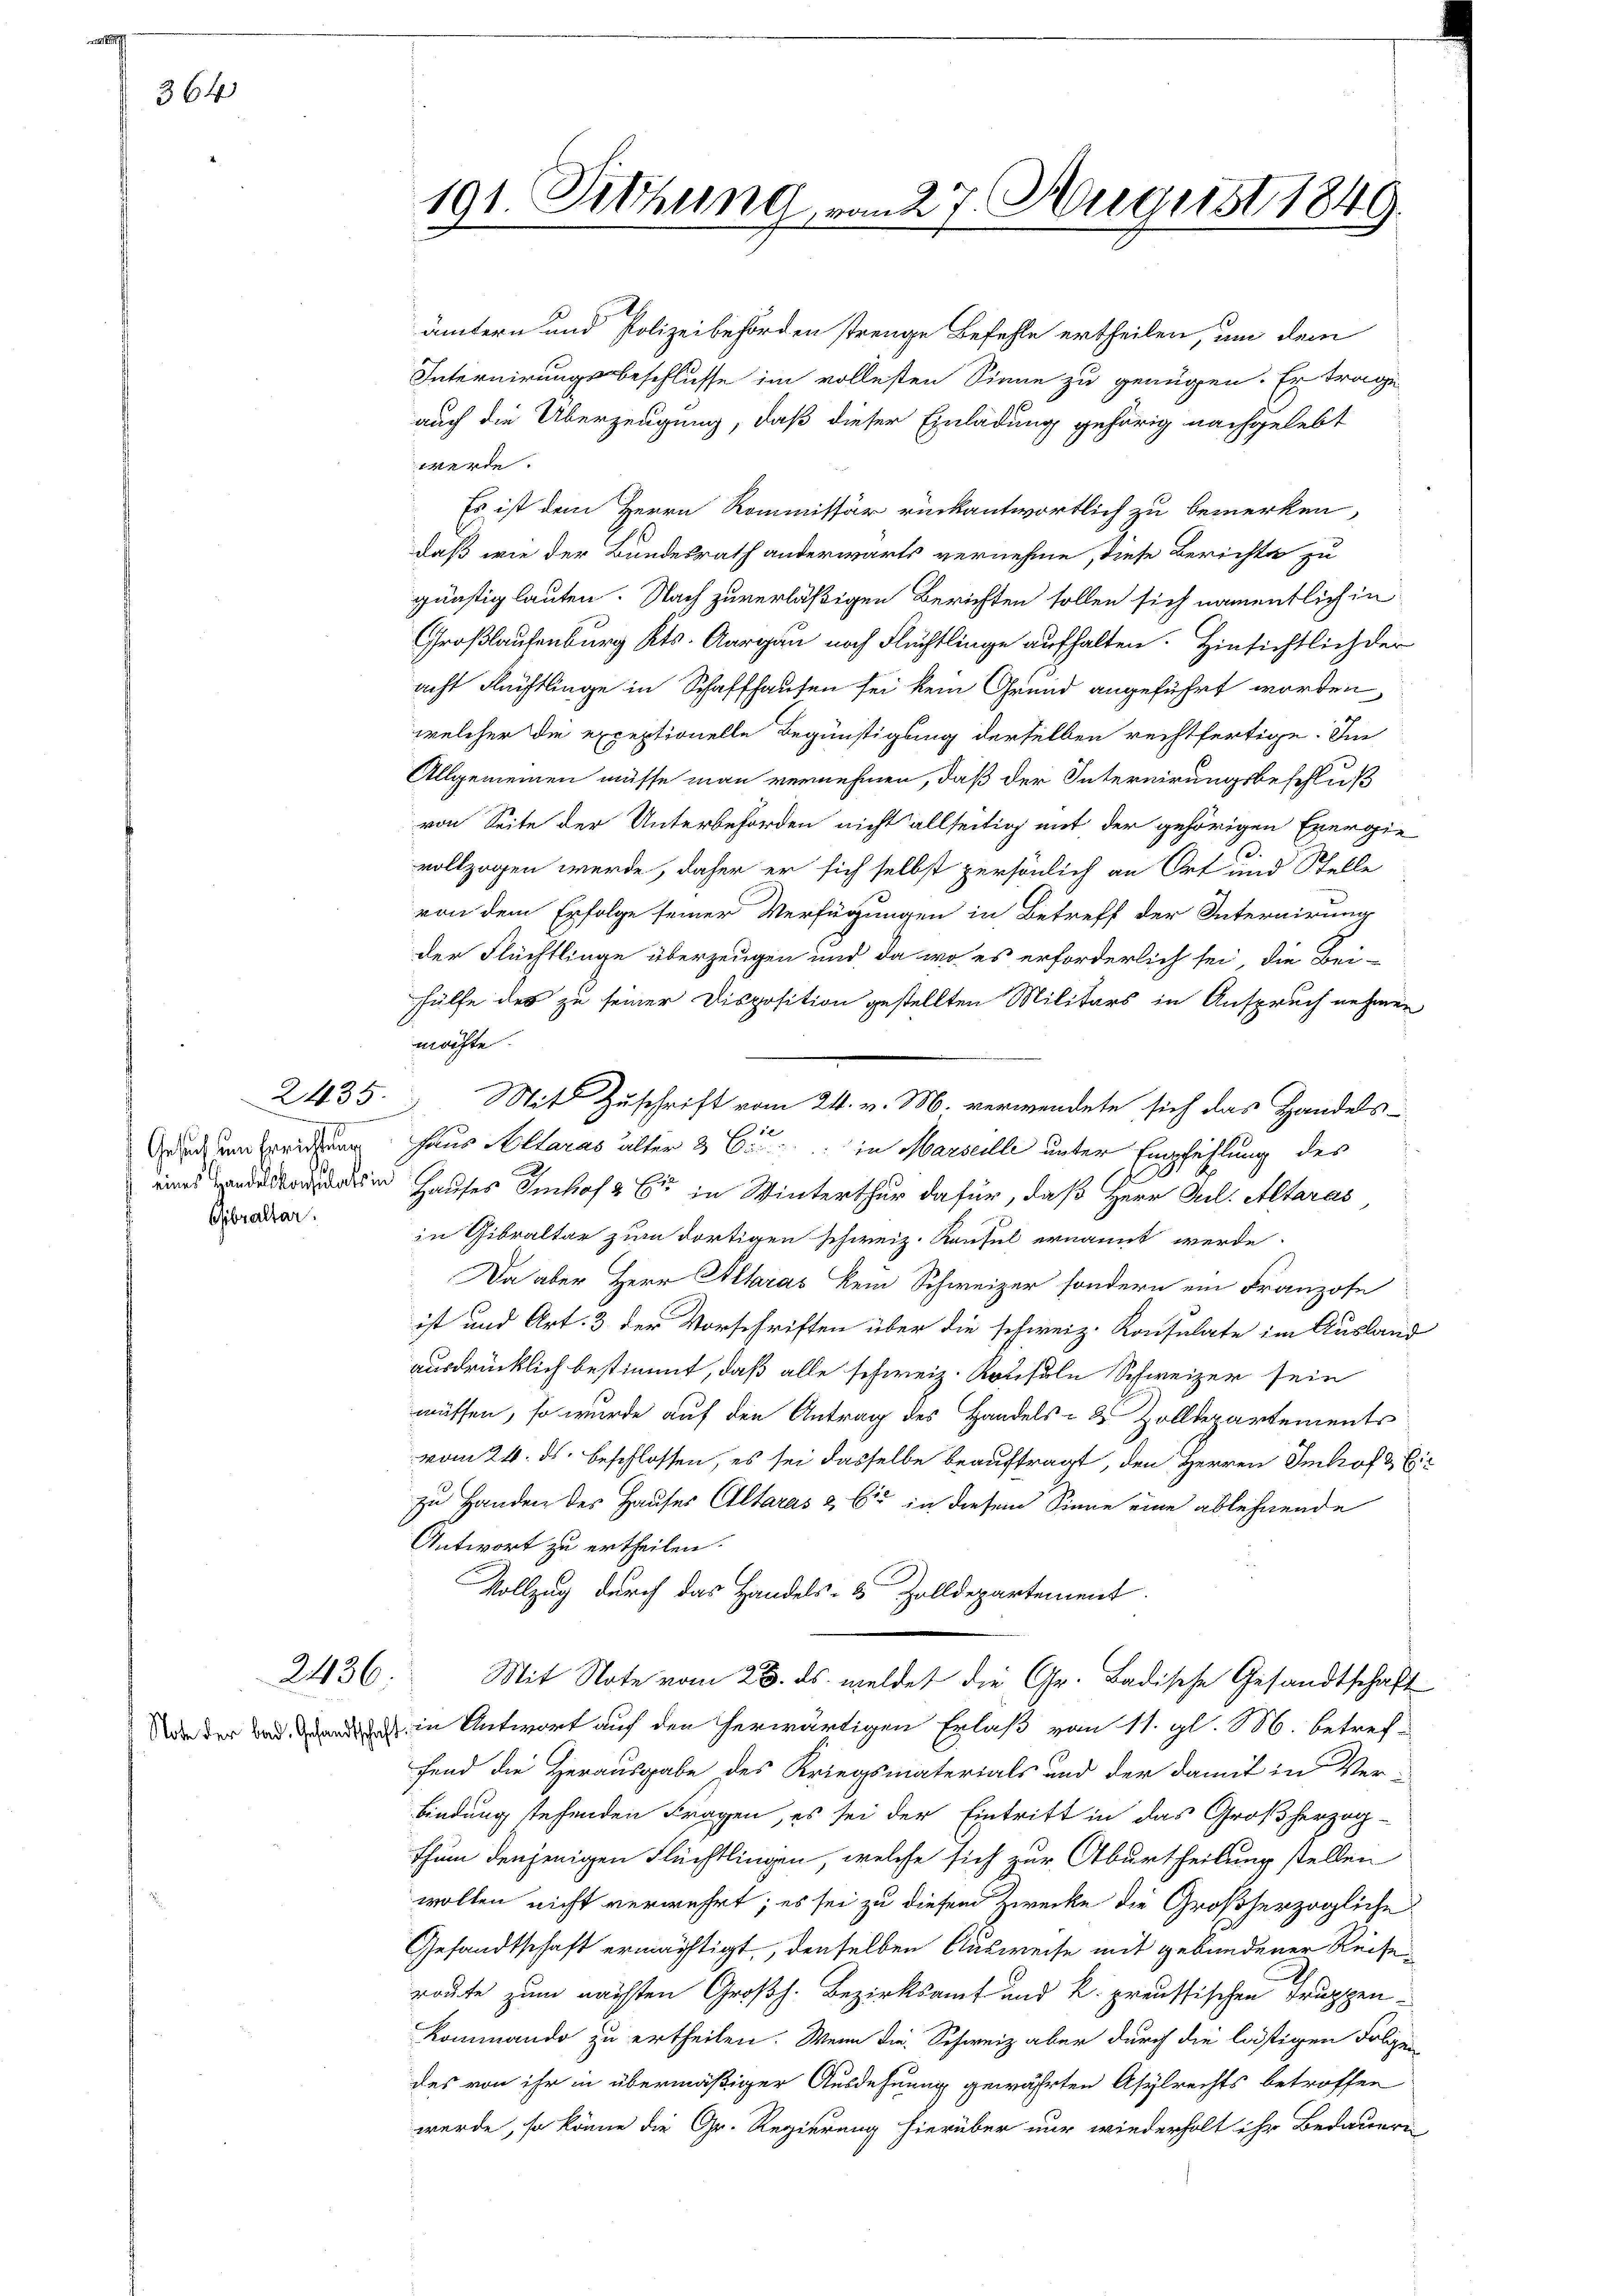
364

2435.
 Gesuch zum Berichtung
Gbraltar.

möchte.

ämtern und Polizeibehörden strenge Befehle ertheilen, um dem
Internirungsbeschlusse im vollesten Sinne zu genügen. Er trage
auch die Überzeugung, daß dieser Einladung gehörig nachgelebt
werde.
Es ist dem Herrn Kommissär rückantwortlich zu bemerken,
daß wie der Bundesrath anderwärts vernehme, diese Berichte zu
günstig lauten. Nach zuverläßigen Berichten sollen sich namentlich in
Großlaufenburg Kts. Aargau noch Flüchtlinge aufhalten. Hinsichtlich der
acht Rechtlinge in Schaffhausen sei kein Grund angeführt worden
welcher die exceptionelle Begünstigung derselben rechtfertige. Im
Allgemeinen müsse man vernehmen, daß der Internirungsbeschluß
von Seite der Unterbehörden nicht allseitig mit der gehörigen Exergie
vollzogen werde, daher er sich selbst persönlich an Ort und Stelle
von dem Erfolge seiner Verfügungen in Betreff der Internirung
der Flüchtlinge überzeugen und da wo es erforderlich sei, die Bei-
hülfe des zu seiner Disposition gestellten Militärs in Anspruch nehmen
haus Altaras älter 3 C in Marseille unter Empfehlung des
e Hauses Imhof & Cie in Winterthur dafür, daß Herr Gil. Altaras
in Gibraltar zum dortigen schweiz. Kaufel ernannt werde.
Da aber Herr Altaras kein Schweizer sondern ein Franzose
ist und Art. 3 der Vorschriften über die schweiz. Konsulate im Ausland
ausdrücklich bestimmt, daß alle schweiz. Konsuln Schweizer sein
müssen, so wurde auf den Antrag des Handels- & Zolldepartements
vom 24. ds. beschlossen, es sei dasselbe beauftragt, den Herren Imhof & Ein
zu Handen des Hauses Altaras & bis in diesem Sinne eine ablehnende
Antwort zu ertheilen.
Vollzug durch das Handels- & Zolldepartement.
Mit Note vom 23. ds. meldet die Gr. Badische Gesandtschaft
Wieder und in Antwort auf den herwärtigen Erlaß vom 11. gl. M. betref-
fend die Herausgabe des Kriegsmaterials und der damit in Ver-
bindung stehenden Fragen, es sei der Eintritt in das Großherzog-
thum denjenigen Flüchtlingen, welche sich zur Aburtheilung stellen
wollen nicht verwehrt; es sei zu diesem Zwecke die Großherzogliche
Gesandtschaft ermächtigt, denselben Ausweise mit gebundener Reise
route zum nächsten Großh. Bezirksamt und k. preussischen Truppen¬
Kommando zu ertheilen. Wenn die Schweiz aber durch die lästigen Folgen
des von ihr in übermäßiger Ausdehnung gewährten Asylrechts betroffen
werde, so könne die Gr. Regierung hierüber nur wiederholt ihr Bedauern

2436.

191. Sitzung vom 27. August 1849.

Mit Zuschrift vom 24. v. M. verwendete sich das Handels¬